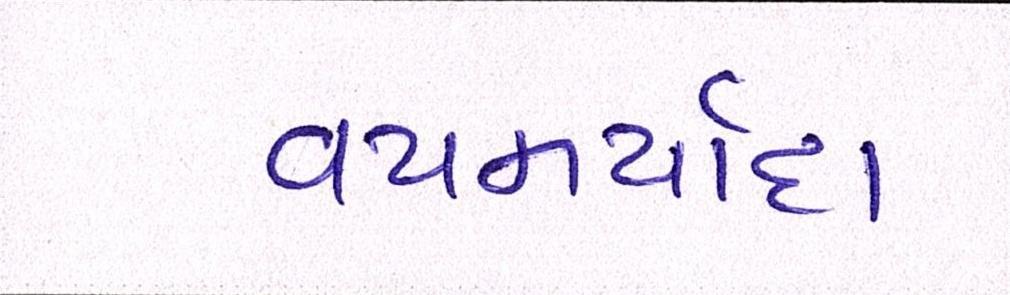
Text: વયમર્યાદા